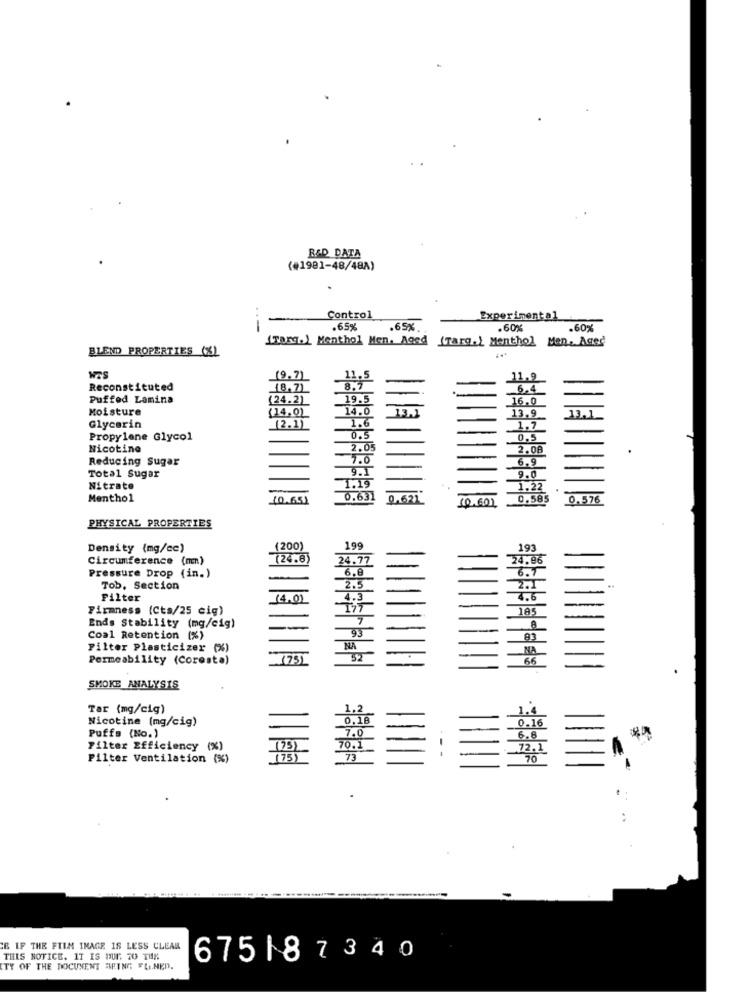
R&D DATA
(#1981-48/48A)
Control
Experimental
---
.65%
65%
.60%
.60%
(Targ.) Menthol Men. Aged (farg. ) Menthol Man. Aged
BLEND PROPERTIES (%)
(9,7)
11.9
Reconstituted
18,71
6,4
Puffed Lamina
(24.2)
16.0
Moisture
(14.0)
13.9
Glycerin
(2.1)
1,7
Propylene Glycol
0.5
Nicotine
2.08
Reducing Sugar
6.9
Total Sugar
9.0
Nitrate
Menthol
[0.65)
10.601
0.585
0.576
PHYSICAL PROPERTIES
Density (mg/cc)
(200)
199
193
Circumference (mm)
(24.6)
24.77
24.96
Pressure Drop (in.)
6.8
6.7
Tob. Section
2.5
2.1
Filter
4.6
Firmness (Cts/25 cig)
185
Ends Stability (mg/cig)
Coal Retention [%)
Filter Plasticizer (%)
NA
NA
Permeability (Coresta)
(75)
52
66
SMOKE ANALYSIS
Tar (mg/cig)
1.2
1.4
Nicotine (mg/cig)
0.16
Puffs (No.)
6.8
Filter Efficiency (%)
175
72.1
Filter Ventilation (%)
70
E IF THE FILM IMAGE IS LESS CLEAR
THIS NOTICE. IT IS DUE TO THE
675187340
ITY OF THE DOCUMENT BEING FLI.NED.